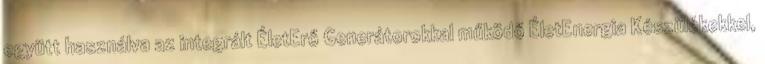
együtt használva az integrált ÉletErő Generátorokkal működő ÉletEnergia Készülékekkel,